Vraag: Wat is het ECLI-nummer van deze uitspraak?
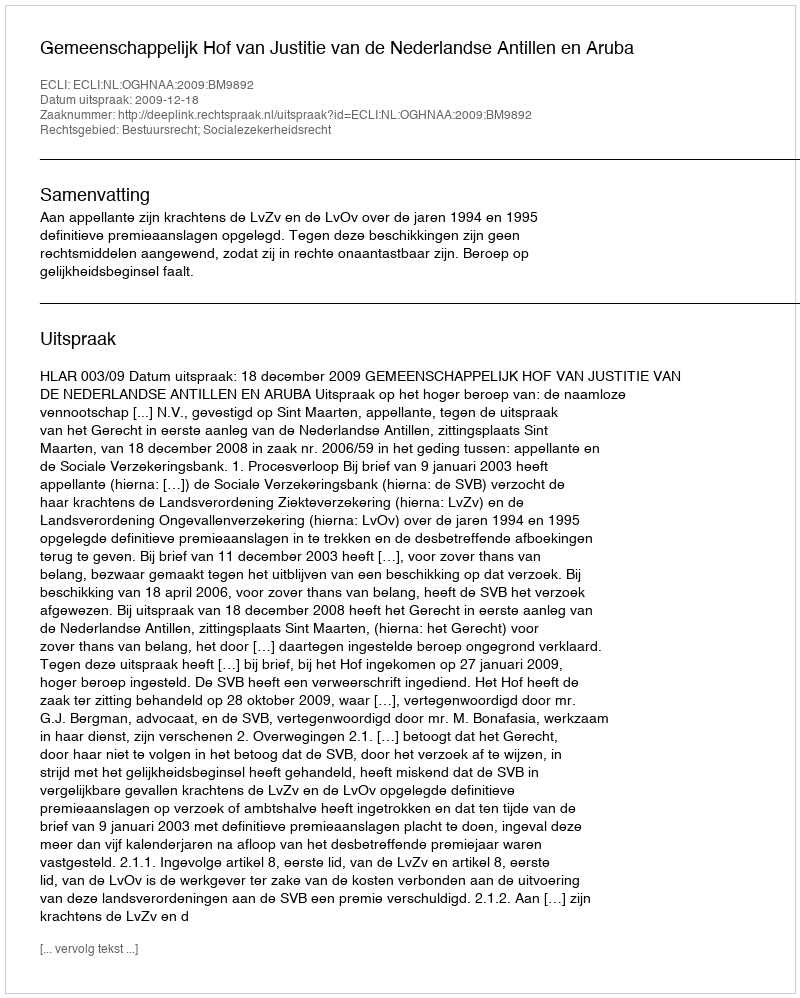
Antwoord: ECLI:NL:OGHNAA:2009:BM9892